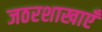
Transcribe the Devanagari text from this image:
जठरशाखाएँ